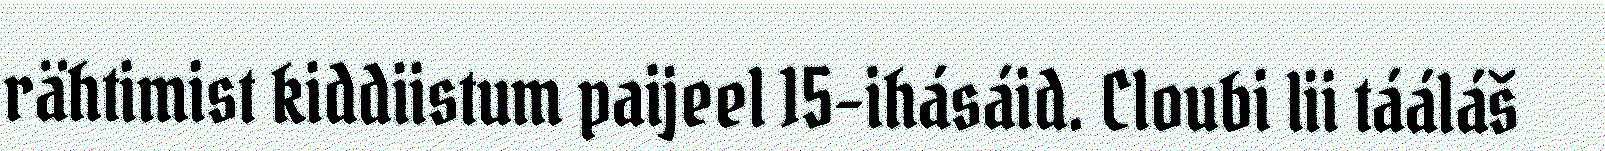
rähtimist kiddiistum paijeel 15-ihásáid. Cloubi lii tááláš